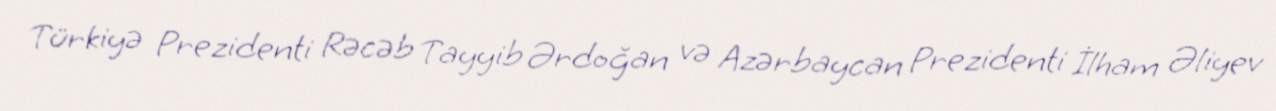
Türkiyə Prezidenti Rəcəb Tayyib Ərdoğan və Azərbaycan Prezidenti İlham Əliyev